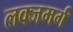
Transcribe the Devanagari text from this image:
लक्जमर्ग